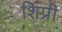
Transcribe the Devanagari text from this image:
शिप्री